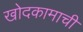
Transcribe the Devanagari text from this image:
खोदकामाची